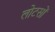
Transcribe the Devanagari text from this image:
लोटसों